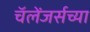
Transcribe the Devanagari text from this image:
चॅलेंजर्सच्या